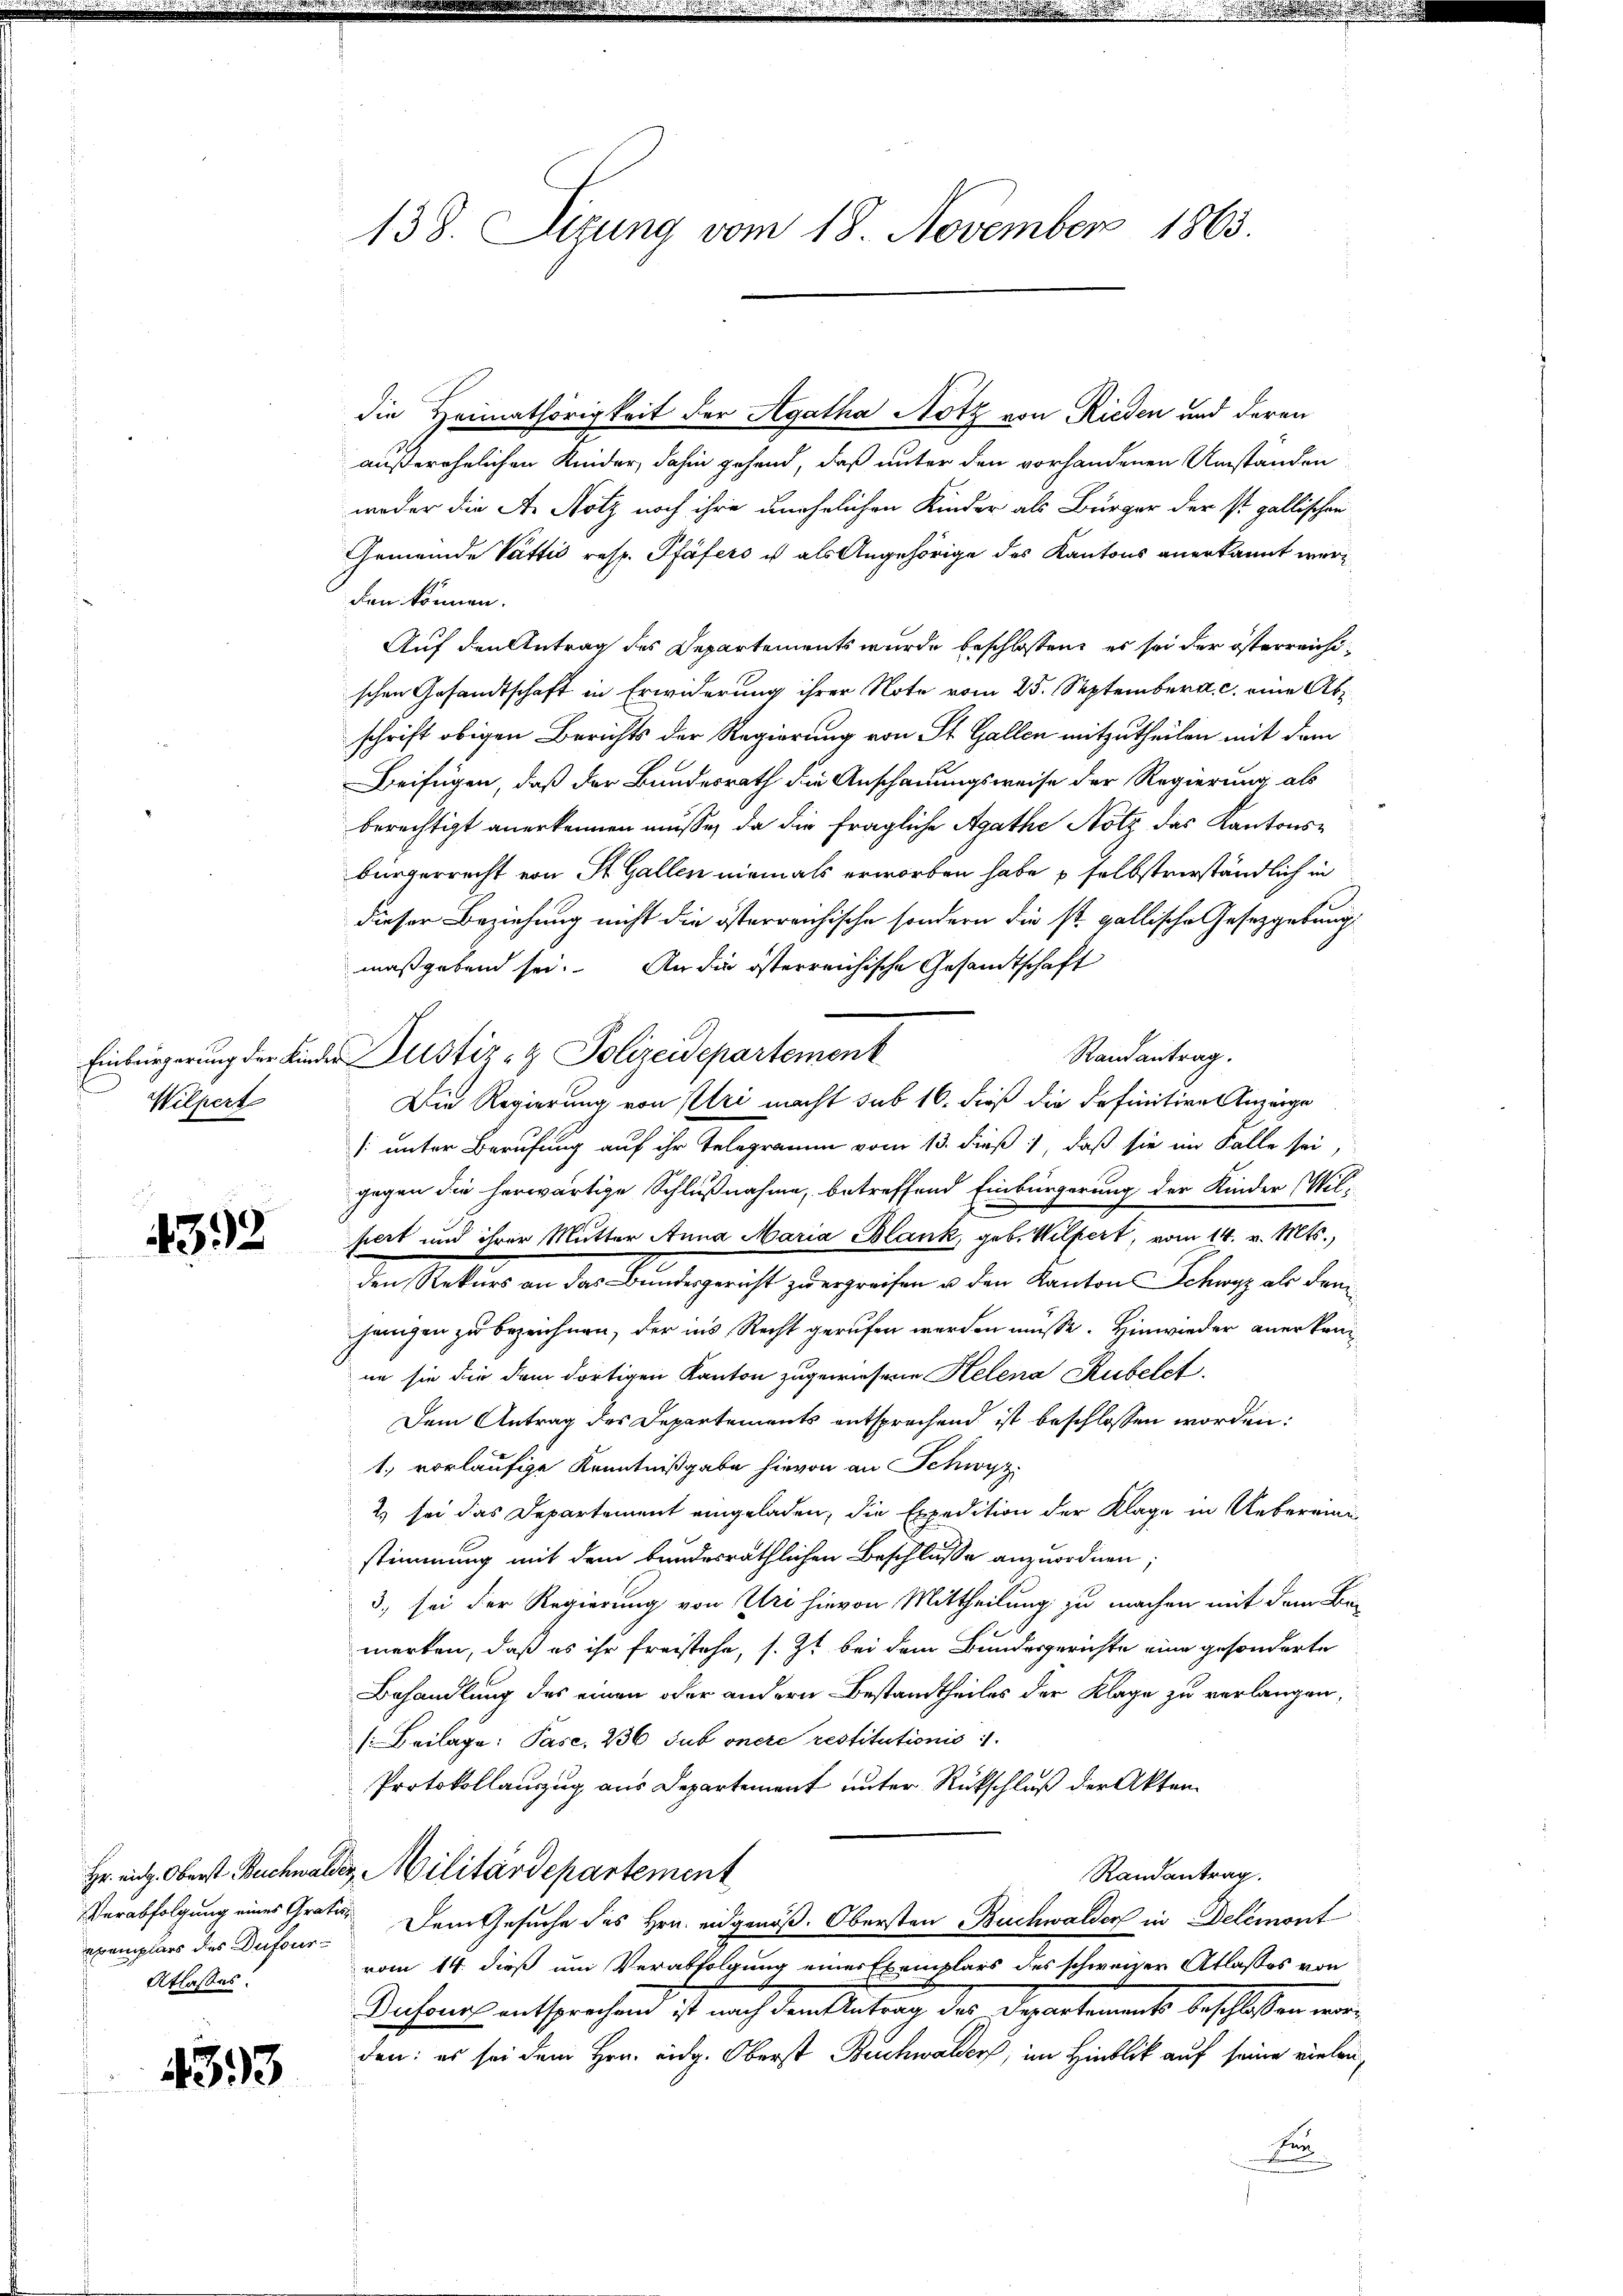
Wilpert

u
4392

exemplars der Dufour
Atlasses.

4393

die Heimathörigkeit der Agatha Notz von Rieden und deren
außerehelichen Kinder, dahin gehend, daß unter den vorhandenen Umständen
weder die Ar Notz noch ihre unehelichen Kinder als Bürger der ist gallischen
Gemeinde Vattis resp. Pfäfers ist als Angehörige des Kantons anerkannt werden können.
Auf den Antrag des Departements wurde beschlossen, es sei der österreichischen Gesandtschaft in Erwiderung ihrer Note vom 25. September a. c. eine Abschrift obigen Berichts der Regierung von St. Gallen mitzutheilen mit dem
Beifügen, daß der Bundesrath die Anschauungsweise der Regierung als
berechtigt anerkennen müsse, da die fragliche Agathe Notz des Kantonsbürgerrecht von St. Gallen niemals erworben habe u selbstverständlich in
dieser Beziehung nicht die österreichische sondern die st. gallische Gesetzgebung
maßgebend sei. An die österreichische Gesandtschaft
Randantrag.
Die Regierung von stri macht sub 16. dieß die definitive Anzeige
[ unter Berufung auf ihr Telegramm vom 13. dieß, daß sie im Falle sei,
gegen die herwärtige Schlußnahme, betreffend Einbürgerung der Kinder Wil-
siert und ihrer Mutter Anna Maria Blank, geb. Wilpert, vom 14. v. Mts.,
den Stattung an der Bundesgericht zu ergreifen u. den Kanton Schanz als dem
jangen zu bezeichnen, der ins Recht gerufen werden müsse. Hinwieder anerkenne sie die dem dortigen Kanton zugewiesene Kelena Rubelct.
Dem Antrag des Departements entsprechend ist beschlossen worden:
1. vorläufige Kenntnißgabe hievon an Schwyz
2) sei das Departement eingeladen, die Expedition der Klage in Uebereini
stimmung mit dem bundesräthlichen Beschluße anzuordnen;
3, sei der Regierung von Uri hievon Mittheilung zu machen mit dem Be-
merken, daß es ihr freistehe, s. Zt. bei dem Bundesgerichte eine gesonderte
Behandlung des einen oder andern Bestandtheiles der Klage zu verlangen,
(Beilage: Pase, 236 Sub onere restitutionis
Protokollauszug aus Departement unter Rückschluß der Akten
Hr. eit. Oberst Buchwalder Militärdepartement
Randantrag.
Verabfolgung eines Gratur. Dem Gesuche des Hrn. eidgenöß. Obersten Buchwalder in Delémont
vom 14. dieß um Verabfolgung einer Exemplars des schweizer Atlasses von
Dufours entsprechen ist nach dem Antrag des Departements beschloßen worden: es sei dem Hrn. Eidg. Oberst Buchwalder, im Hinblick auf seine vielen,
Fen

138. Sizung vom 18. November 1863.

Einbürgerung der Kinder Justiz- & Polizeidepartemenk